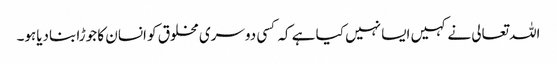
اللہ تعالی نے کہیں ایسا نہیں کیا ہے کہ کسی دوسری مخلوق کو انسان کا جوڑا بنادیاہو۔